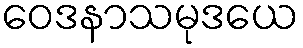
ဝေဒနာသမုဒယေ